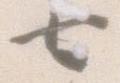
七